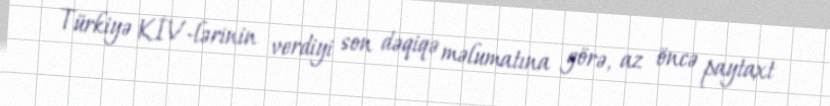
Türkiyə KİV-lərinin verdiyi son dəqiqə məlumatına görə, az öncə paytaxt